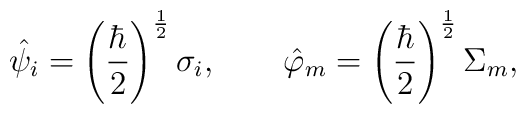
\hat{\psi}_i=\left(\frac{\hbar}{2}\right)^{\frac{1}{2}}\sigma_i,\quad\quad\hat{\varphi}_m=\left(\frac{\hbar}{2}\right)^{\frac{1}{2}}\Sigma_m,